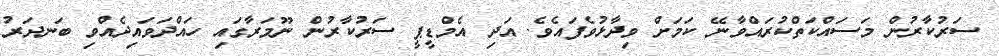
ސަރުކާރުން މަސައްކަތްކުރައްވާނޭ ކަމަށް ވިދާޅުވެފައެވެ. އަދި އެމްޑީޕީ ސަރުކާރުން ނޫމަރާގައި ހައްދަވައިދެއްވި ބަނދަރު